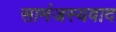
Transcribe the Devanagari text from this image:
सामंजस्यवाद